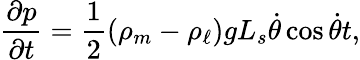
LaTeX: \frac{\partial{p}}{\partial{t}}=\frac{1}{2}(\rho_{m}-\rho_{\ell})gL_{s}\dot{\theta}\cos\dot{\theta}t,